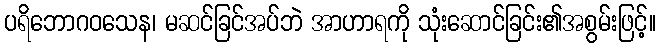
ပရိဘောဂဝသေန၊ မဆင်ခြင်အပ်ဘဲ အာဟာရကို သုံးဆောင်ခြင်း၏အစွမ်းဖြင့်။